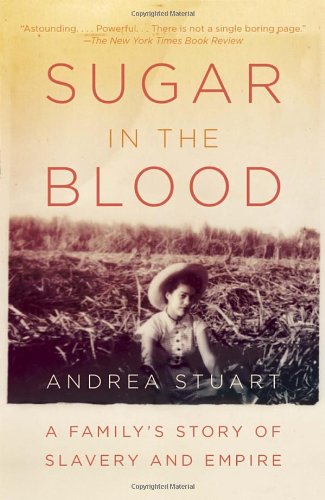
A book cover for Sugar in the Blood: A Family's Story of Slavery and Empire; Andrea Stuart; Science & Math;